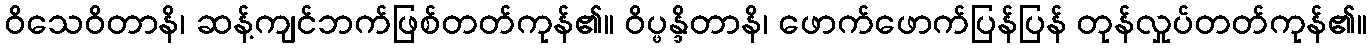
ဝိသေဝိတာနိ၊ ဆန့်ကျင်ဘက်ဖြစ်တတ်ကုန်၏။ ဝိပ္ဖန္ဒိတာနိ၊ ဖောက်ဖောက်ပြန်ပြန် တုန်လှုပ်တတ်ကုန်၏။